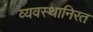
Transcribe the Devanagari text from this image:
व्यवस्थानिरत